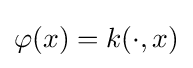
\varphi (x)=k(\cdot ,x)